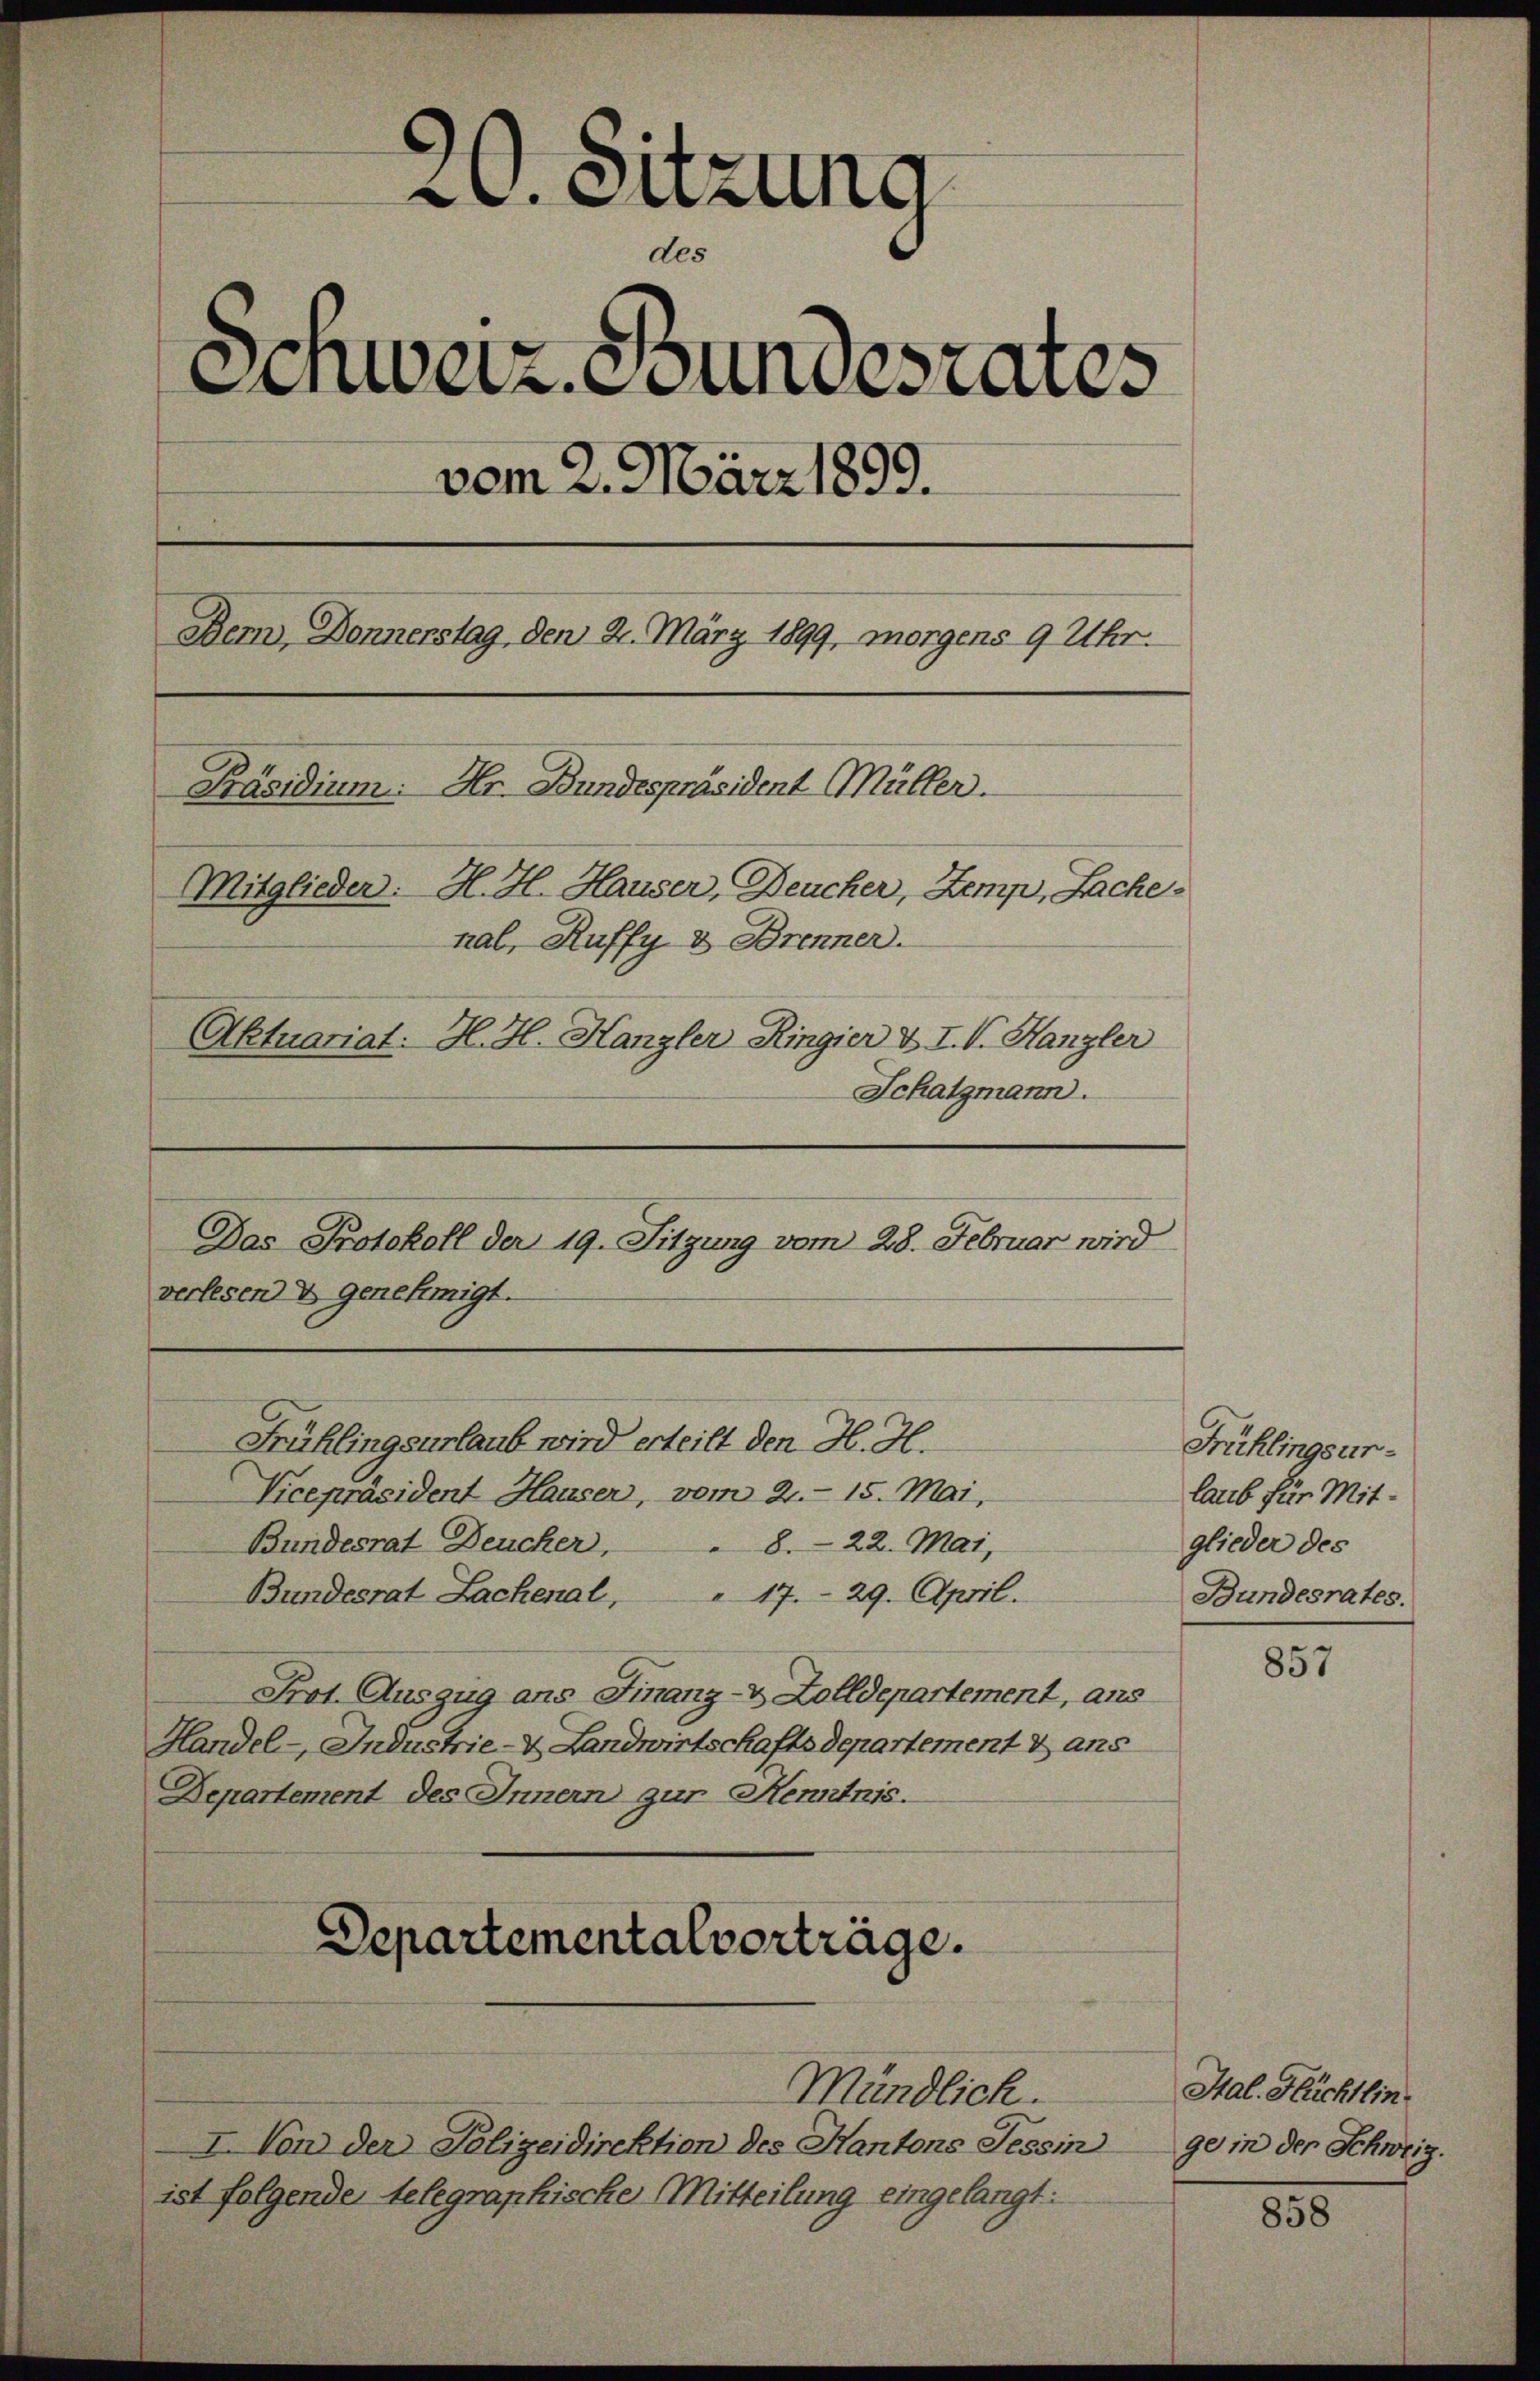
Schatzmann.
Das Protokoll der 19. Sitzung vom 28. Februar wird
verlesen genehmigt.
Vicepräsident Hauser, vom 21. 15. Mai,
Bundesrat Deucher,
8. 22. Mai,
Bundesrat Lachenal, " 17. 29. April.
Prot. Auszug ans Finanz- & Zolldepartement, ans
Handel - Industrie- & Landwirtschaftsdepartement & ans
Departement des Innern zur Kenntnis.
Departementalverträge.
Mündlich.
I. Von der Polizeidirektion des Kantons Tessinge in der Schweiz.
ist folgende telegraphische Mitteilung eingelangt:

A. Sitzung
des
Schweiz. Stundesrates
vom 2. März 1899.
em, Donnerstag den 4. März 1899, morgens 9 Uhr.
Präsidium. Hr. Bundespräsident Müller.
Mitglieder: H. H. Hauser, Deucher, Zemp, Lache
nal, Ruffy & Brenner.
Aktuariat. H. H. Hanzler Ringier & IV. Hangler

Frühlingsurlaub wird erteilt den H. H.

Frühlingsurlaub für Mitglieder des
Bundesrates.

857

Hal. Flüchtlin

855